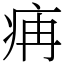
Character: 㾆